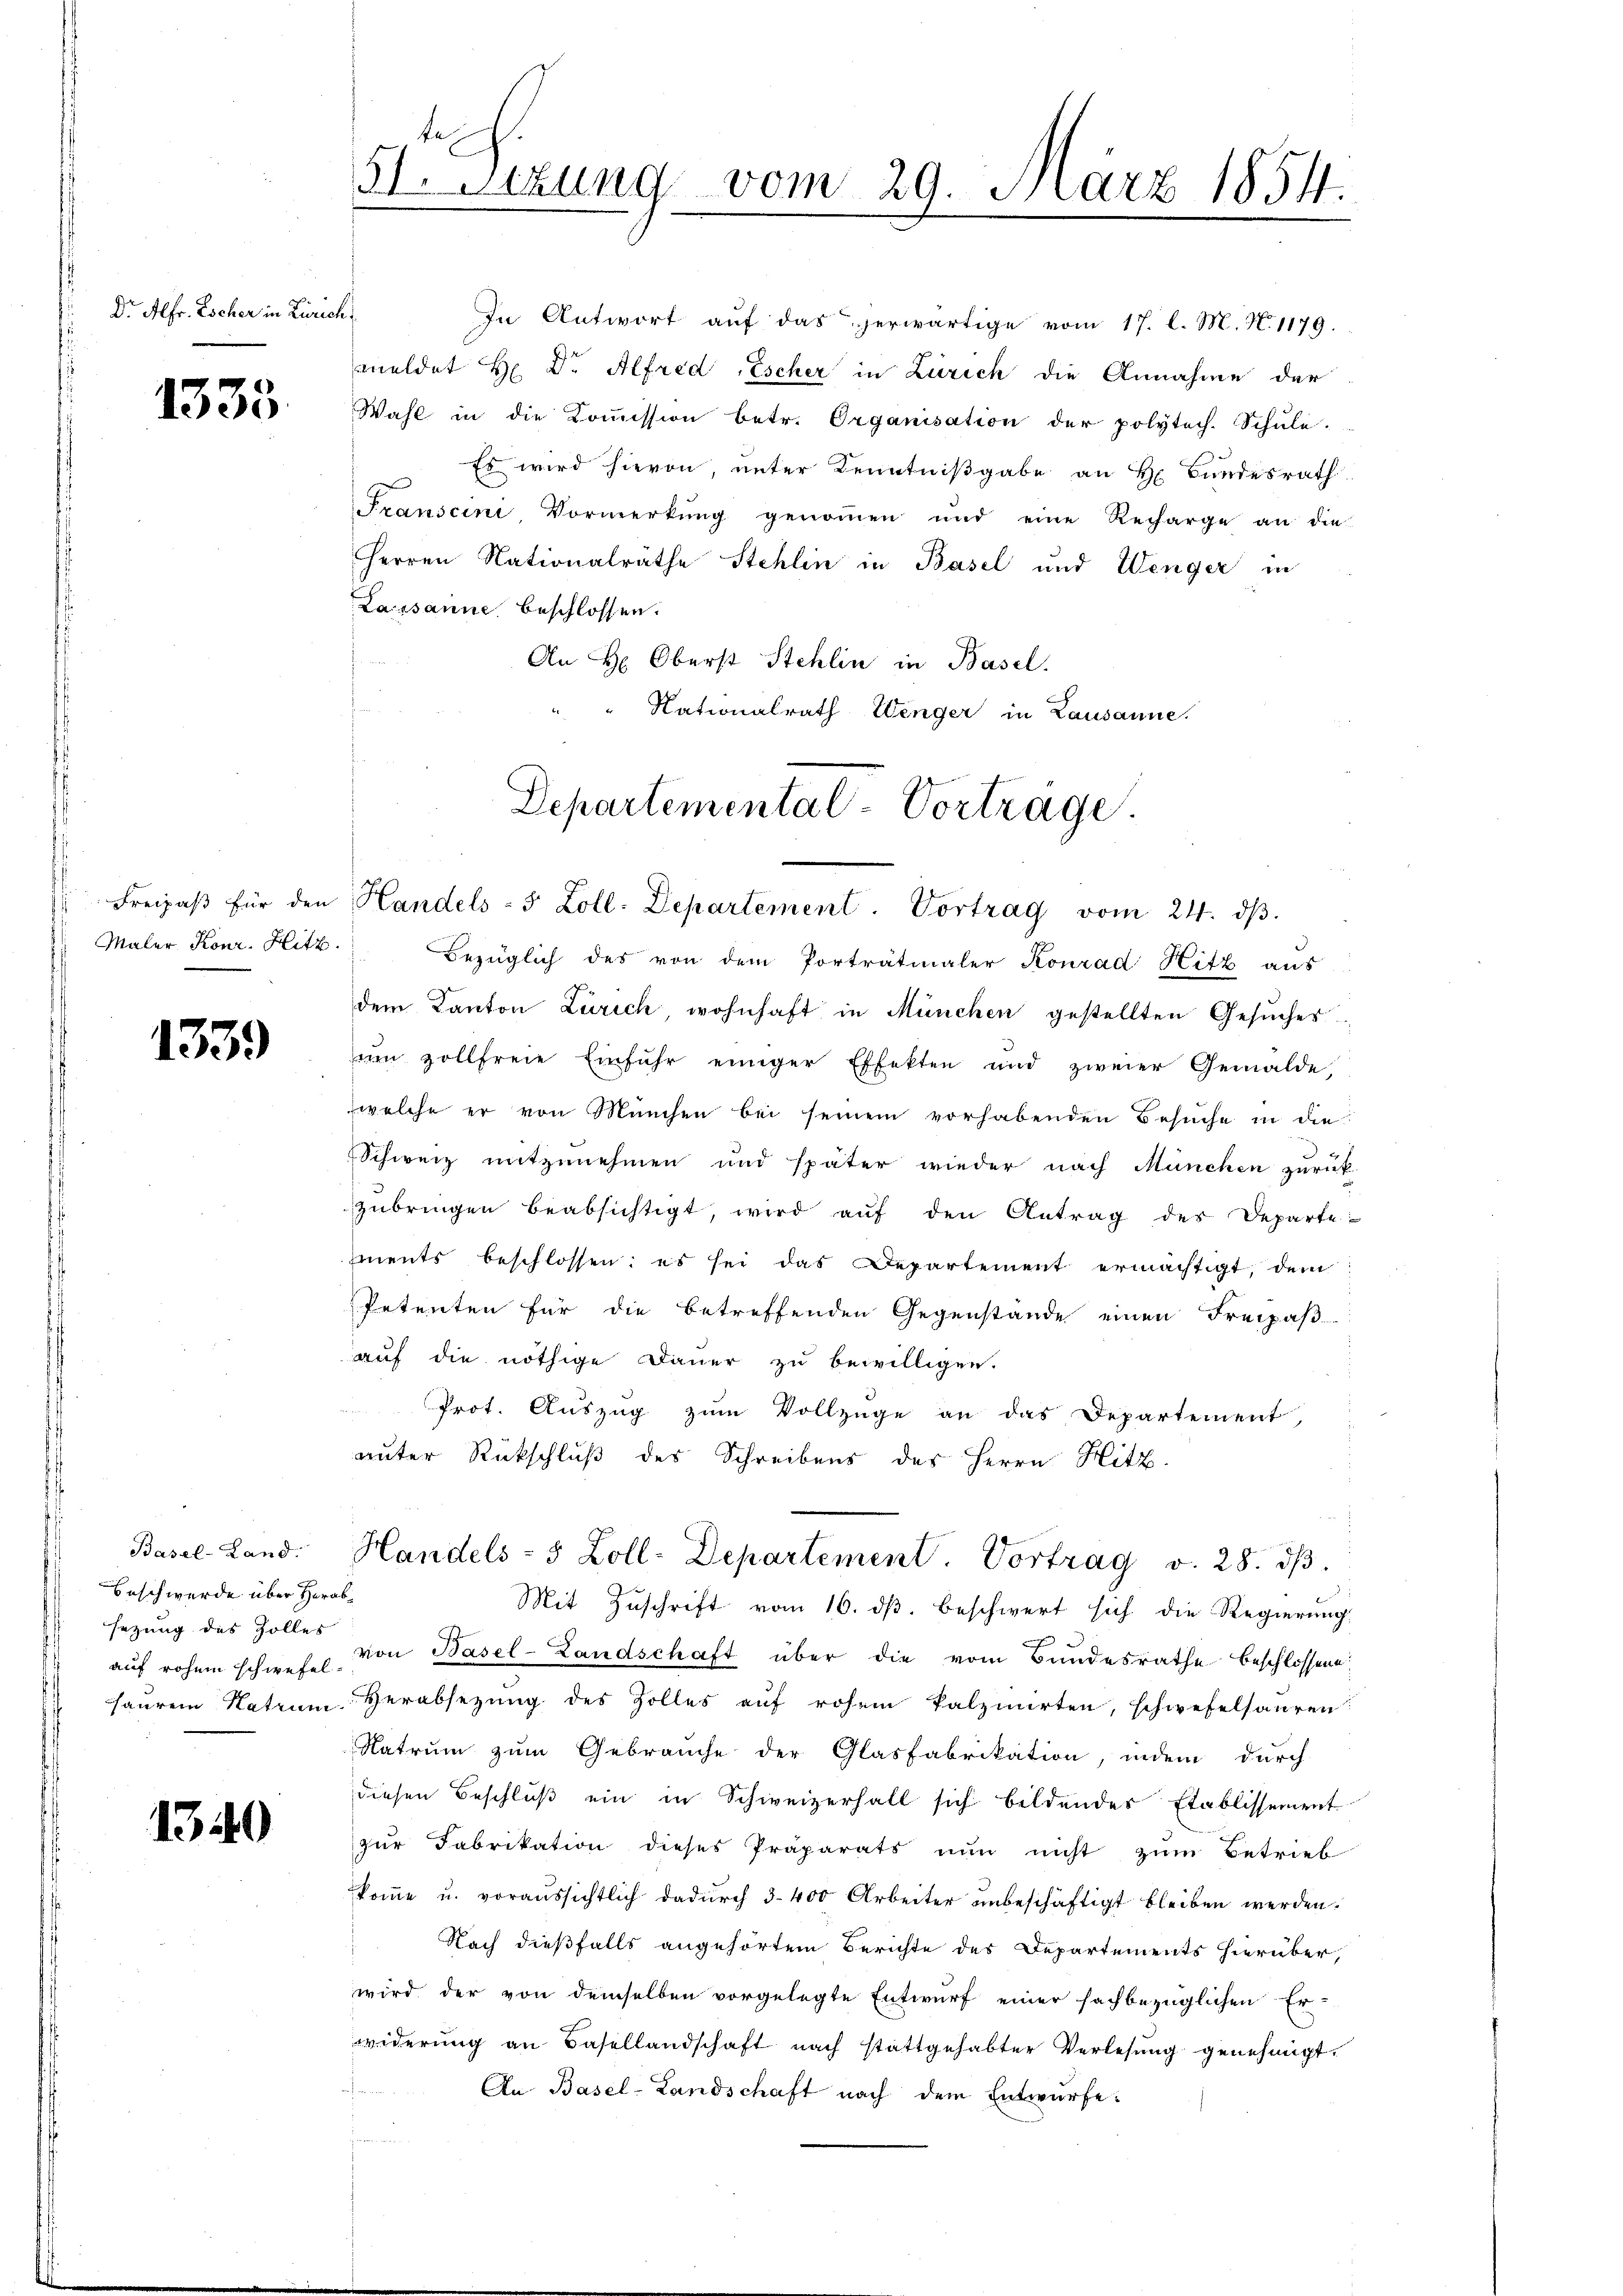
Dr. Alfr. Escher in Zürich,

1335

Freipaß für den
Maler Konr. Hitz

1339

Beschwerde über Herabsezung des Zolles

1340

51. Sizung vom 29. März 1854.
.

Herren Nationalräthe Stehlin in Basel und Wenger in
Lausanne beschlossen:
An H: Oberst Stehlin in Basel.
Nationalrath Wenger in Lausanne.

Departemental-Vorträge.
Handels- 5 Zoll. Departement. Vortrag vom 24. dβ.

In Antwort auf das herwärtige vom 17. l. M. N. 1179.
meldet H. Dr. Alfred, Escher in Zürich die Annahme der
Wahl in die Kommission betr. Organisation der polytech. Schule.
Es wird hievon, unter Kenntnißgabe an H. Bundesrath
Franscini Vormerkŭng genoṁen und eine Recharge an die

Bezüglich des von dem Porträtinaler Konrad Hitz aus
dem Kanton Zürich, wohnhaft in München gestellten Gesuches
ŭm zollfreie Einführ einiger Effekten und zweier Gemälde,
welche er von München bei seinem vorhabenden Besuche in die
Schweiz mitzunehmen und später wieder nach München zurück-
zubringen beabsichtigt, wird aŭf den Antrag des Departe
ments beschlossen: es sei das Departement ermächtigt, dem
Petenten für die betreffenden Gegenstände einen Freipaß
auf die nöthige Dauer zu bewilligen.
Prot. Auszug zum Vollzüge an das Departement,
unter Rückschluß des Schreibens des Herrn Hitz
Basel-Land. Handels- 5 Zoll-Departement. Vortrag v. 28. dβ.
Mit Zuschrift vom 16. ds. beschwert sich die Regierung
auf rohem schwere von Basel-Landschaft über die vom Bundesrathe beschlossene
sauren Natrŭm Herabsetzŭng des Zolles aŭf rohem Falzmirten, schwefelsauren
Natrum zum Gebrauche der Glasfabrikation, indem durch
diesen Beschluß ein in Schweizerhalt sich bildendes Etablissement
zŭr Fabrikation dieses Präparats nun nicht zum Betrieb
koṁe u. voraŭssichtlich dadŭrch 3400 Arbeiter ŭnbeschäftigt bleiben werden.
Nach dießfalls angehörtem Berichte des Departements hierüber,
wird der von demselben vorgelegte Entwurf einer sachbezüglichen Er-
widerung an Basellandschaft nach stattgehabter Verlesung genehmigt.
An Basel-Landschaft nach dem Entwürfe: